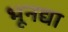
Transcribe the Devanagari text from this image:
भूनद्या